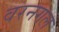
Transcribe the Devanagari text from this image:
वरनगल